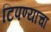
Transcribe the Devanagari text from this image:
टिपण्याचा